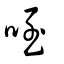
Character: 咥